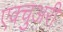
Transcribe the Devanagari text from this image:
एक्चुअरी